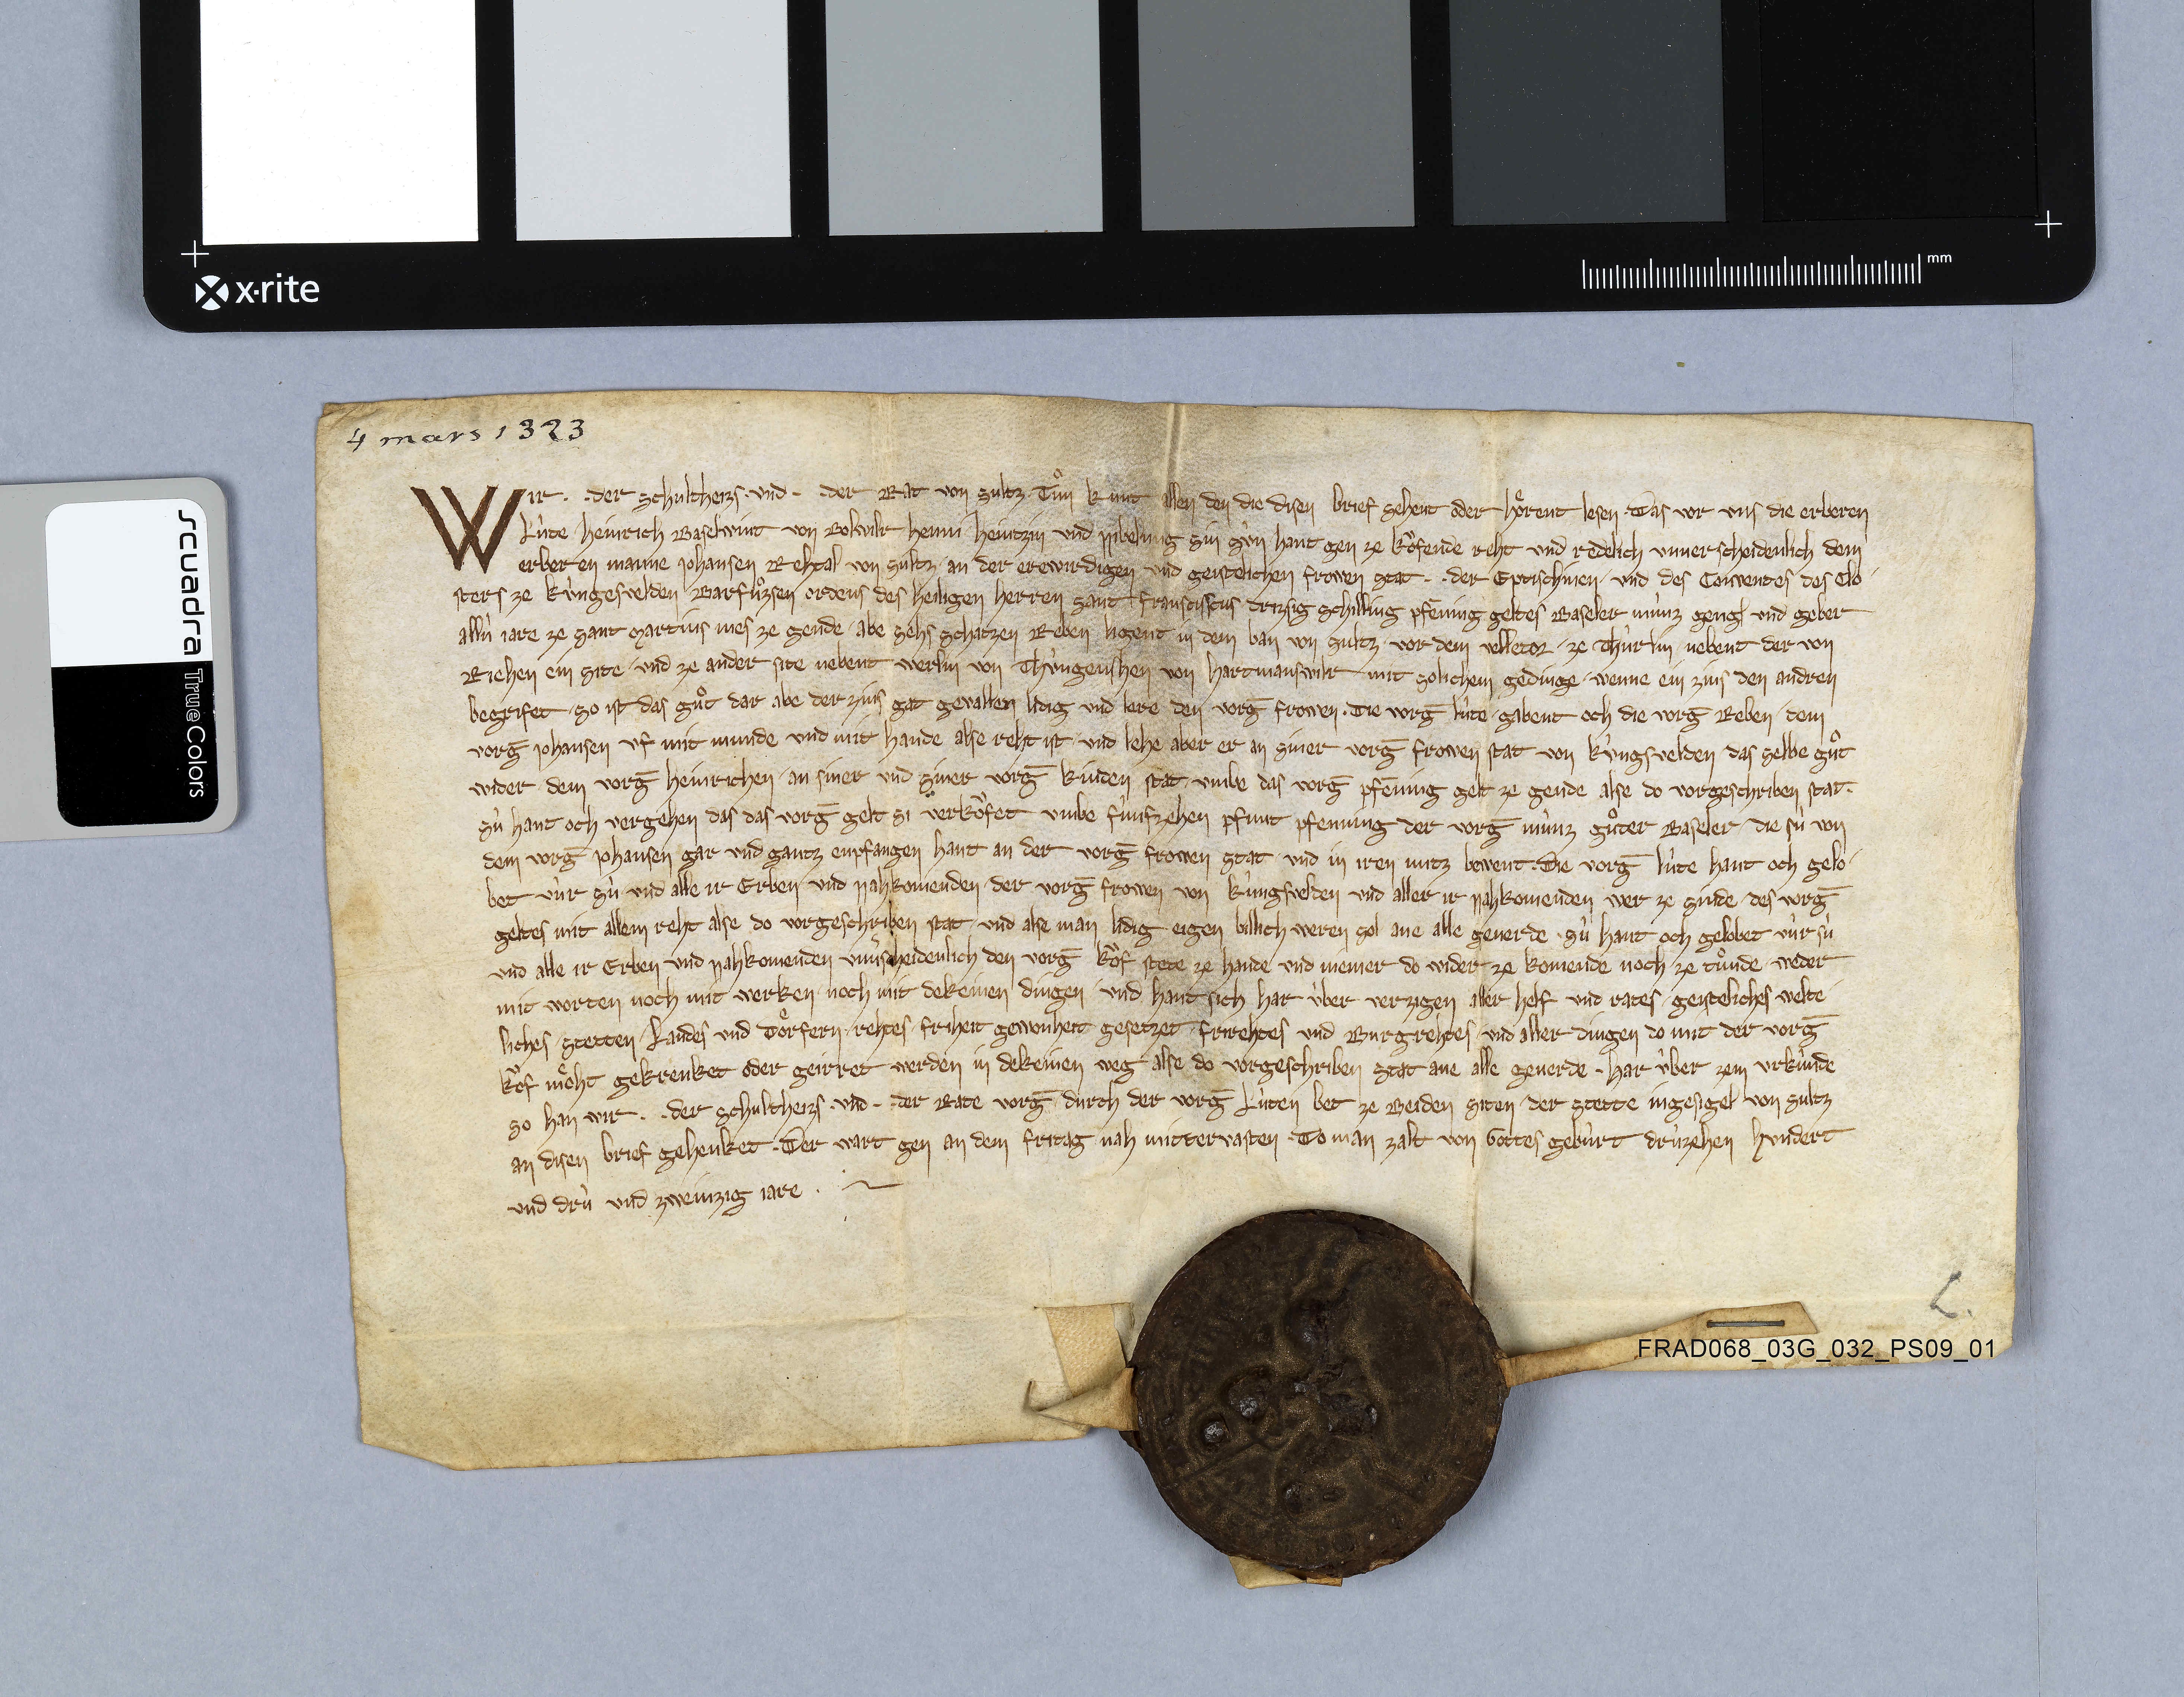
4 mars 1323
Wir ✳ ✳ der schultheizs ✳ und ✳ ✳ der rat von Sultz tuͦn kunt allen den die disen brief sehent oder hoͤrent lesen ✳ das vor uns die erberen
lùte Heinrich Baselwint von Bolwilr Henni Heintzin und Nibelung sin sùn hant gen ze koͧfende reht und redelich unverscheidenlich dem
erberen manne Johansen Rehtal von Sultz ✳ an der erewirdigen und geistelichen frowen stat ✳ ✳ der eptischinen ✳ und des conventes des clo¬
sters ze Kùngesvelden Barfuͦzsen ordens des heiligen herren sant Franscissus drizsig schilling pfēning geltes Baseler mùnz geng₎ und geber
allù jare ze sant Martins mes ze gende ✳ abe sehs schatzen reben ligent in dem ban von Sultz ✳ vor dem Velletor ✳ ze Thùrlin nebent der von
Riehen ein site ✳ und ze ander site nebent Werlin von Thùngenshen von Hartmanswilr mit solichem gedinge ✳ wenne ein zins den andren
begrifet ✳ so ist das guͦt dar abe der zins gat gevallen lidig und lere den vorḡ frowen ✳ die vorḡ lùte ✳ gabent och die vorḡ reben ✳ dem
vorḡ Johansen uf mit munde und mit hande alse reht ist ✳ und lehe aber er an siner vorḡ  frowen stat von Kùngsvelden ✳ das selbe guͦt
wider dem vorḡ Heinrichen ✳ an siner und siner vorḡ kinden stat ✳ umbe das vorḡ pfēning gelt ze gende alse do vorgeschriben stat.
sù hant ouch vergehen das das vorḡ gelt sie verkoͧfet umbe fùnfzehen pfunt pfenning der vorḡ mùnz guͦter Baseler ✳ die sù von
dem vorḡ Johansen gar und gantz enpfangen hant an der vorḡ frowen stat und in iren nutz bewent. die vorḡ lùte hant och gelo¬
bet vùr sù und alle ir erben und nahkomenden ✳ der vorḡ frowen von Kùngsvelden und aller ir nahkomenden wer ze sinde ✳ des vorḡ
geltes mit allem reht alse do vorgeschriben stat ✳ und alse man lidig eigen billich weren sol ane alle geverde. sù hant ouch gelobet vùr sù
und alle ir erben und nahkomenden unvˀscheidenlich den vorḡ koͧf stete ze hande und niemer do wider ze komende noch ze tuͦnde ✳ weder
mit worten noch mit werken noch mit dekeinen dingen und hant sich har ùber verzigen aller helf und rates ✳ geisteliches welte¬
liches ✳ stetten ✳ landes und doͤrfern ✳ rehtes ✳ friheit gewohnheit gesetzet frirehtes und burgrehtes ✳ und aller dingen do mit der vorḡ
koͧf moͤht gekrenket oder geirret werden in dekeinen weg alse do vergeschriben stat ane alle geverde. har ùber zem urkùnde
so han wir ✳ ✳ der schultheizs ✳ und ✳ ✳ der rate vorḡ durch der vorḡ lùten bet ze beiden siten ✳ der stette ingesigel von Sultz
an disen brief gehenket. der wart gen an dem fritag nah mittervasten ✳ do man zalt von gottes gebùrt drùzehen hundert
und drù und zweinzig jare. ✳